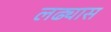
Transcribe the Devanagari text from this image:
लढ्यास